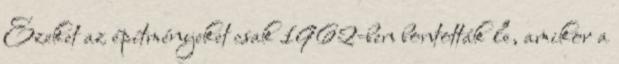
Ezeket az építményeket csak 1962-ben bontották le, amikor a